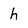
Character: h